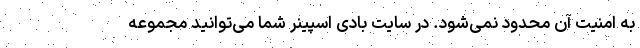
به امنیت آن محدود نمی‌شود. در سایت بادی اسپینر شما می‌توانید مجموعه